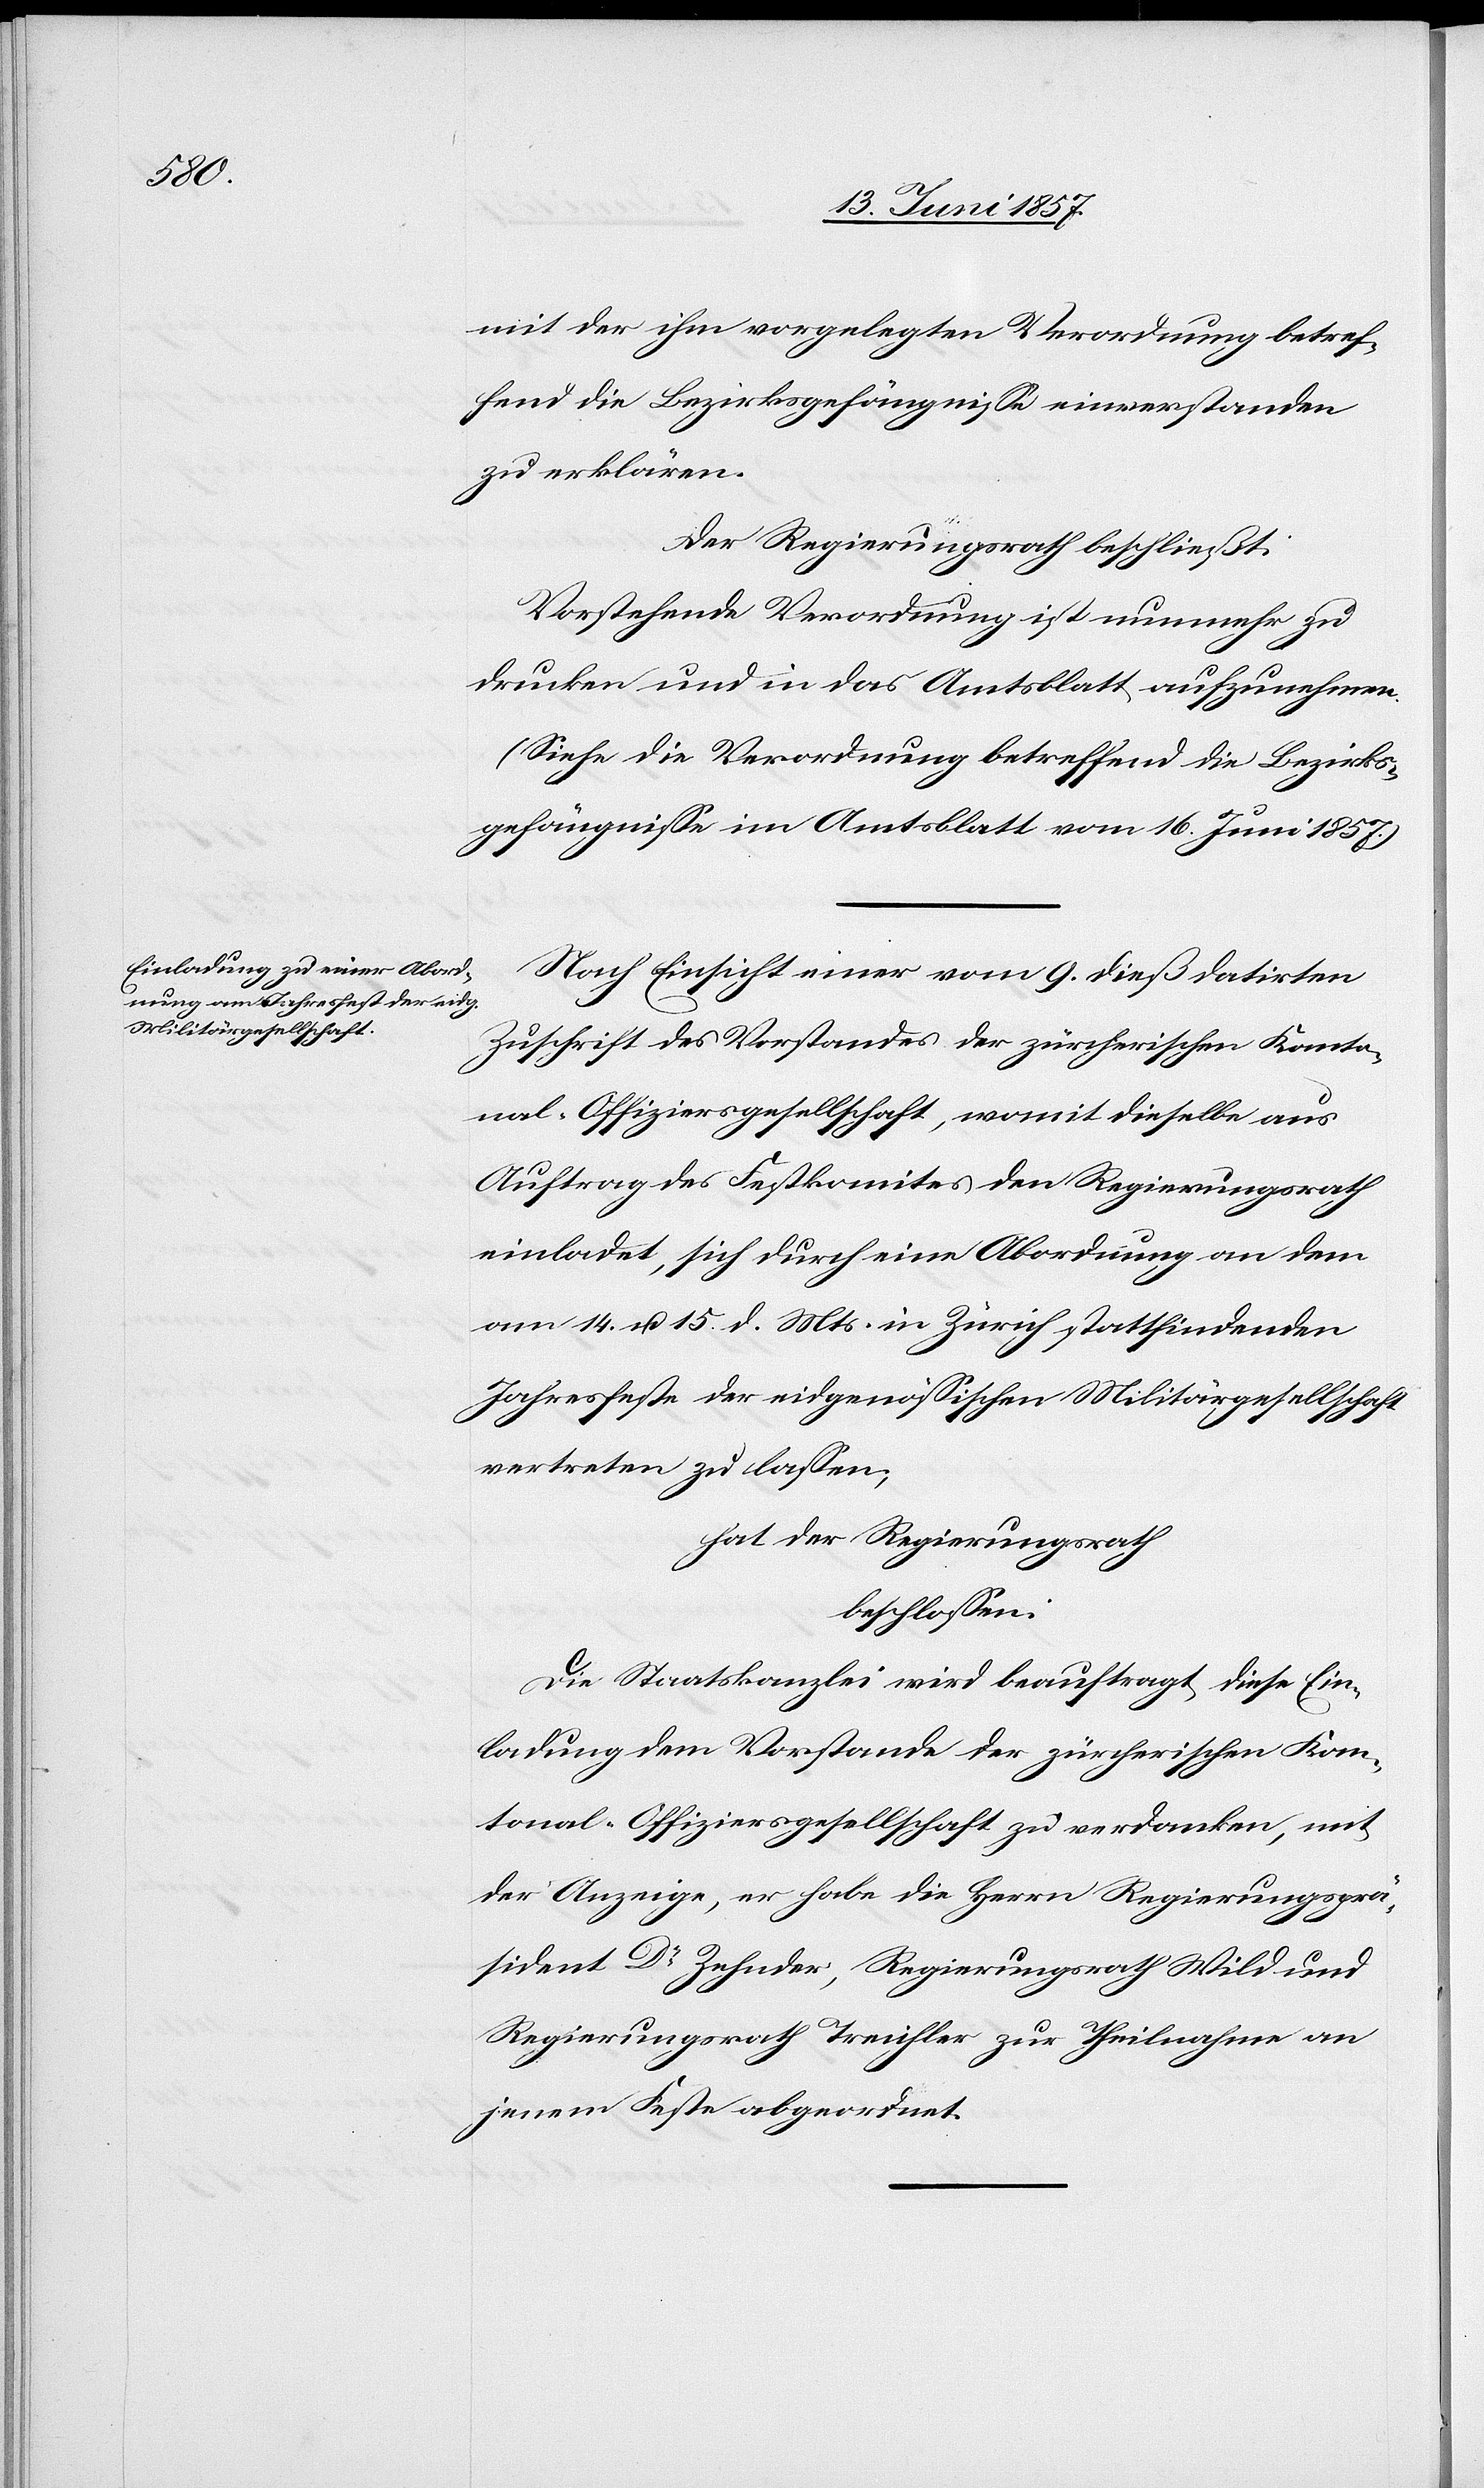
mit der ihm vorgelegten Verordnung betref¬
fend die Bezirksgefängnisse einverstanden
zu erklären.
Der Regierungsrath beschließt:
Vorstehende Verordnung ist nunmehr zu
drucken und in das Amtsblatt aufzunehmen.
(Siehe die Verordnung betreffend die Bezirks¬
gefängnisse im Amtsblatt vom 16 Juni 1857.)
Nach Einsicht einer vom 9 dieß datirten
Zuschrift des Vorstandes der zürcherischen Kanto¬
nal-Offiziersgesellschaft, womit dieselbe aus
Auftrag des Festkomites den Regierungsrath
einladet, sich durch eine Abordnung an dem
am 14 u. 15 d. Mts. in Zürich stattfindenden
Jahresfeste der eidgenössischen Militärgesellschaft
vertreten zu lassen;
hat der Regierungsrath
beschlossen:
Die Staatskanzlei wird beauftragt diese Ein¬
ladung dem Vorstande der zürcherischen Kan¬
tonal-Offiziersgesellschaft zu verdanken, mit
der Anzeige, er habe die Herrn Regierungsprä¬
sident Dr Zehnder, Regierungsrath Wild und
Regierungsrath Treichler zur Theilnahme an
jenem Feste abgeordnet.